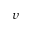
\upsilon